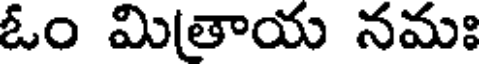
ఓం మితాయ నమః